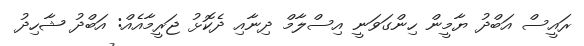
ރައީސް އަބްދު ޔާމީން ހިންގަވަނީ އިސްލާމް ދިނާއި ދެކޮޅު ޖަރީމާއެއް: އަބްދު ޝާހިދު